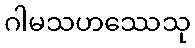
ဂါမသဟဿေသု